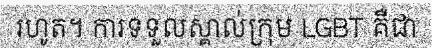
រហូត។ ការទទួលស្គាល់ក្រុម LGBT គឺជា